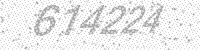
Solution: 614224